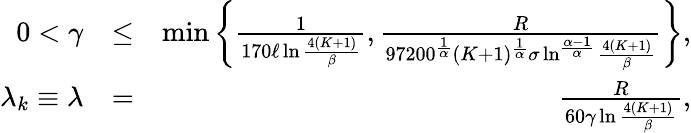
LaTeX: \begin{array}{rlr}{0<\gamma}&{\leq}&{\operatorname*{min}\left\{ \frac{1}{170\ell\ln\frac{4(K+1)}{\beta}},\frac{R}{97200^{\frac{1}{\alpha}}(K+1)^{\frac{1}{\alpha}}\sigma\ln^{\frac{\alpha-1}{\alpha}}\frac{4(K+1)}{\beta}}\right\} ,}\\ {\lambda_{k}\equiv\lambda}&{=}&{\frac{R}{60\gamma\ln\frac{4(K+1)}{\beta}},}\end{array}